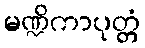
မဏ္ဍိကာပုတ္တံ